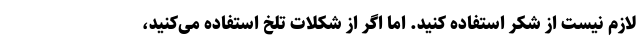
لازم نیست از شکر استفاده کنید. اما اگر از شکلات تلخ استفاده می‌کنید،